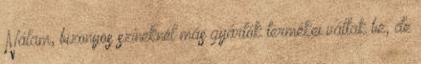
Nálam, bizonyos színeknél más gyártók termékei váltak be, de